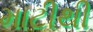
માટીથી